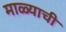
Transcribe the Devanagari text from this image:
माळ्याची